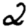
Digit: 2